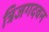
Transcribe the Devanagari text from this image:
त्रिजगदवन